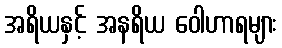
အရိယနှင့် အနရိယ ဝေါဟာရများ